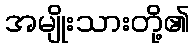
အမျိုးသားတို့၏